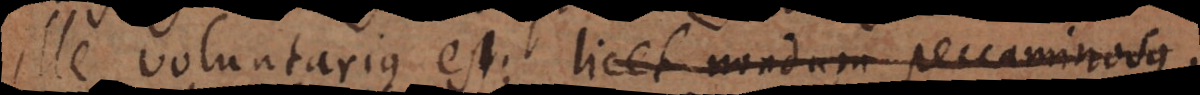
ille voluntarius est; licet nondum peccaminosus.